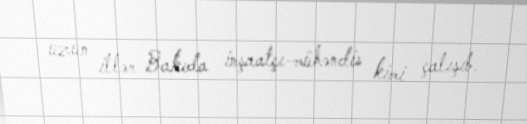
uzun illər Bakıda inşaatçı-mühəndis kimi çalışıb.